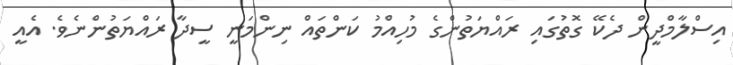
އިސްލާމްދީން ދެކޭ ގޮތުގައި ރައްޔަތުންގެ މުހިއްމު ކަންތައް ނިންމަނީ ސީދާ ރައްޔަތުންނެވެ. އެއީ